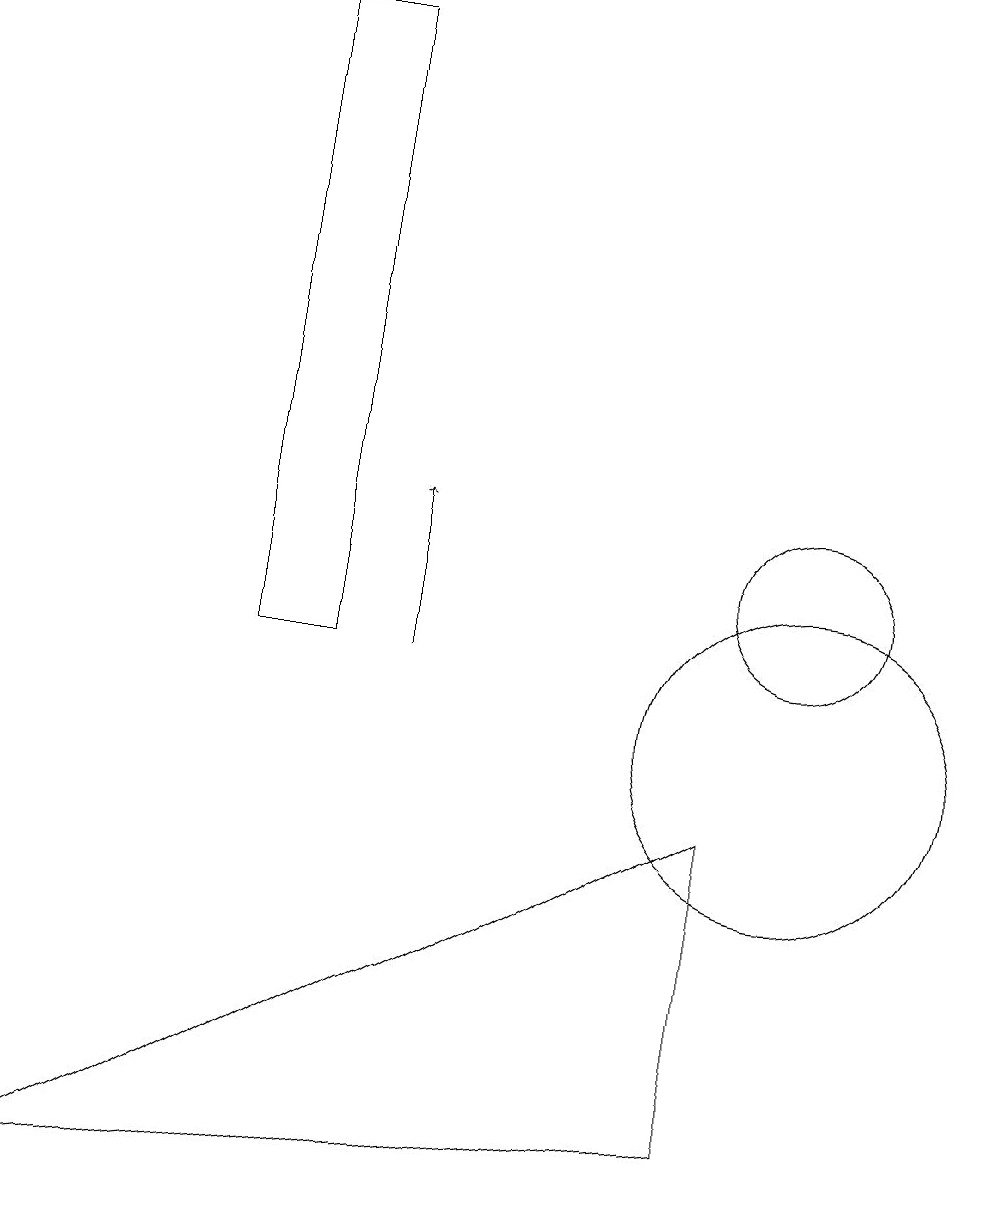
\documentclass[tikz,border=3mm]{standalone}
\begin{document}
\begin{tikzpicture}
\draw (4,11) rectangle (3,19);
\draw (0,4) -- (9,5) -- (9,9) -- cycle;
\draw (10,10) circle (2);
\draw[->] (5,11) -- (5,13);
\draw (10,12) circle (1);
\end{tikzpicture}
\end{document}